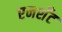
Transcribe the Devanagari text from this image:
एनशॅंट